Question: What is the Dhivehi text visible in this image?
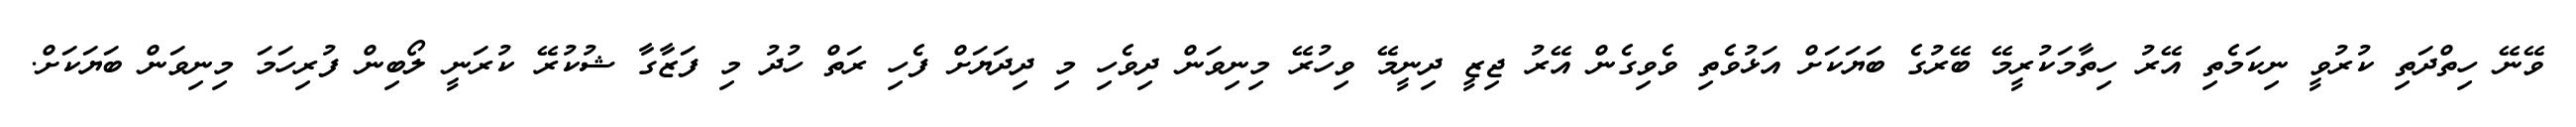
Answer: ވޭނޭ ހިތްދަތި ކުރުވީ ނިކަމެތި އޭރު ހިތާމަކުރީމޭ ބޭރުގެ ބަޔަކަށް އަޅުވެތި ވެވިގެން އޭރު ޖިޒީ ދިނީމޭ ވިހުރޭ މިނިވަން ދިވެހި މި ދިދަޔަށް ފެހި ރަތް ހުދު މި ފަޒާގާ ޝުކުރޭ ކުރަނީ ލޯބިން ފުރިހަމަ މިނިވަން ބަޔަކަށް.